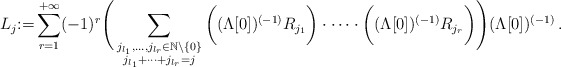
\begin{align*}L_j{:=} \sum_{r=1}^{+\infty}(-1)^r \Bigg(\sum_{\substack{j_{l_1},\dots,j_{l_r}\in \mathbb{N}\setminus\{0\} \\ j_{l_1}+\dots +j_{l_r}=j}}\bigg((\Lambda[0])^{(-1)}R_{j_1} \bigg)\cdot \dots \cdot \bigg((\Lambda[0])^{(-1)}R_{j_r} \bigg) \Bigg)(\Lambda[0])^{(-1)}\, .\end{align*}